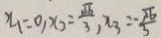
x _ { 1 } = 0 , x _ { 2 } = \frac { \sqrt { 6 } } { 3 } , x _ { 3 } = \frac { - \sqrt { 6 } } { 3 }